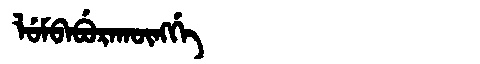
Manchu: ᠯᡠᠮᠪᠠᠪᡠᡵᠠᡴᡡᠩᡤᡝ
Romanization: LUMBABURAKŪNGGE